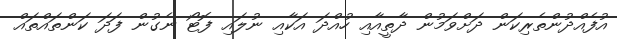
އުފެއްދުންތެރިކަން ދަށްވަމުން ދާތީއާއި ހުއްދަ އަކާއި ނުލައި ފޮޓޯ ނެގުން ފަދަ ކަންތައްތައް